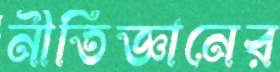
নীতিজ্ঞানের